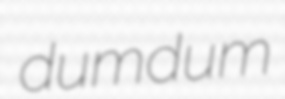
dumdum